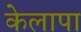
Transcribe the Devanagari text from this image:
केलापा